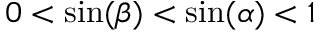
0 < \sin ( \beta ) < \sin ( \alpha ) < 1